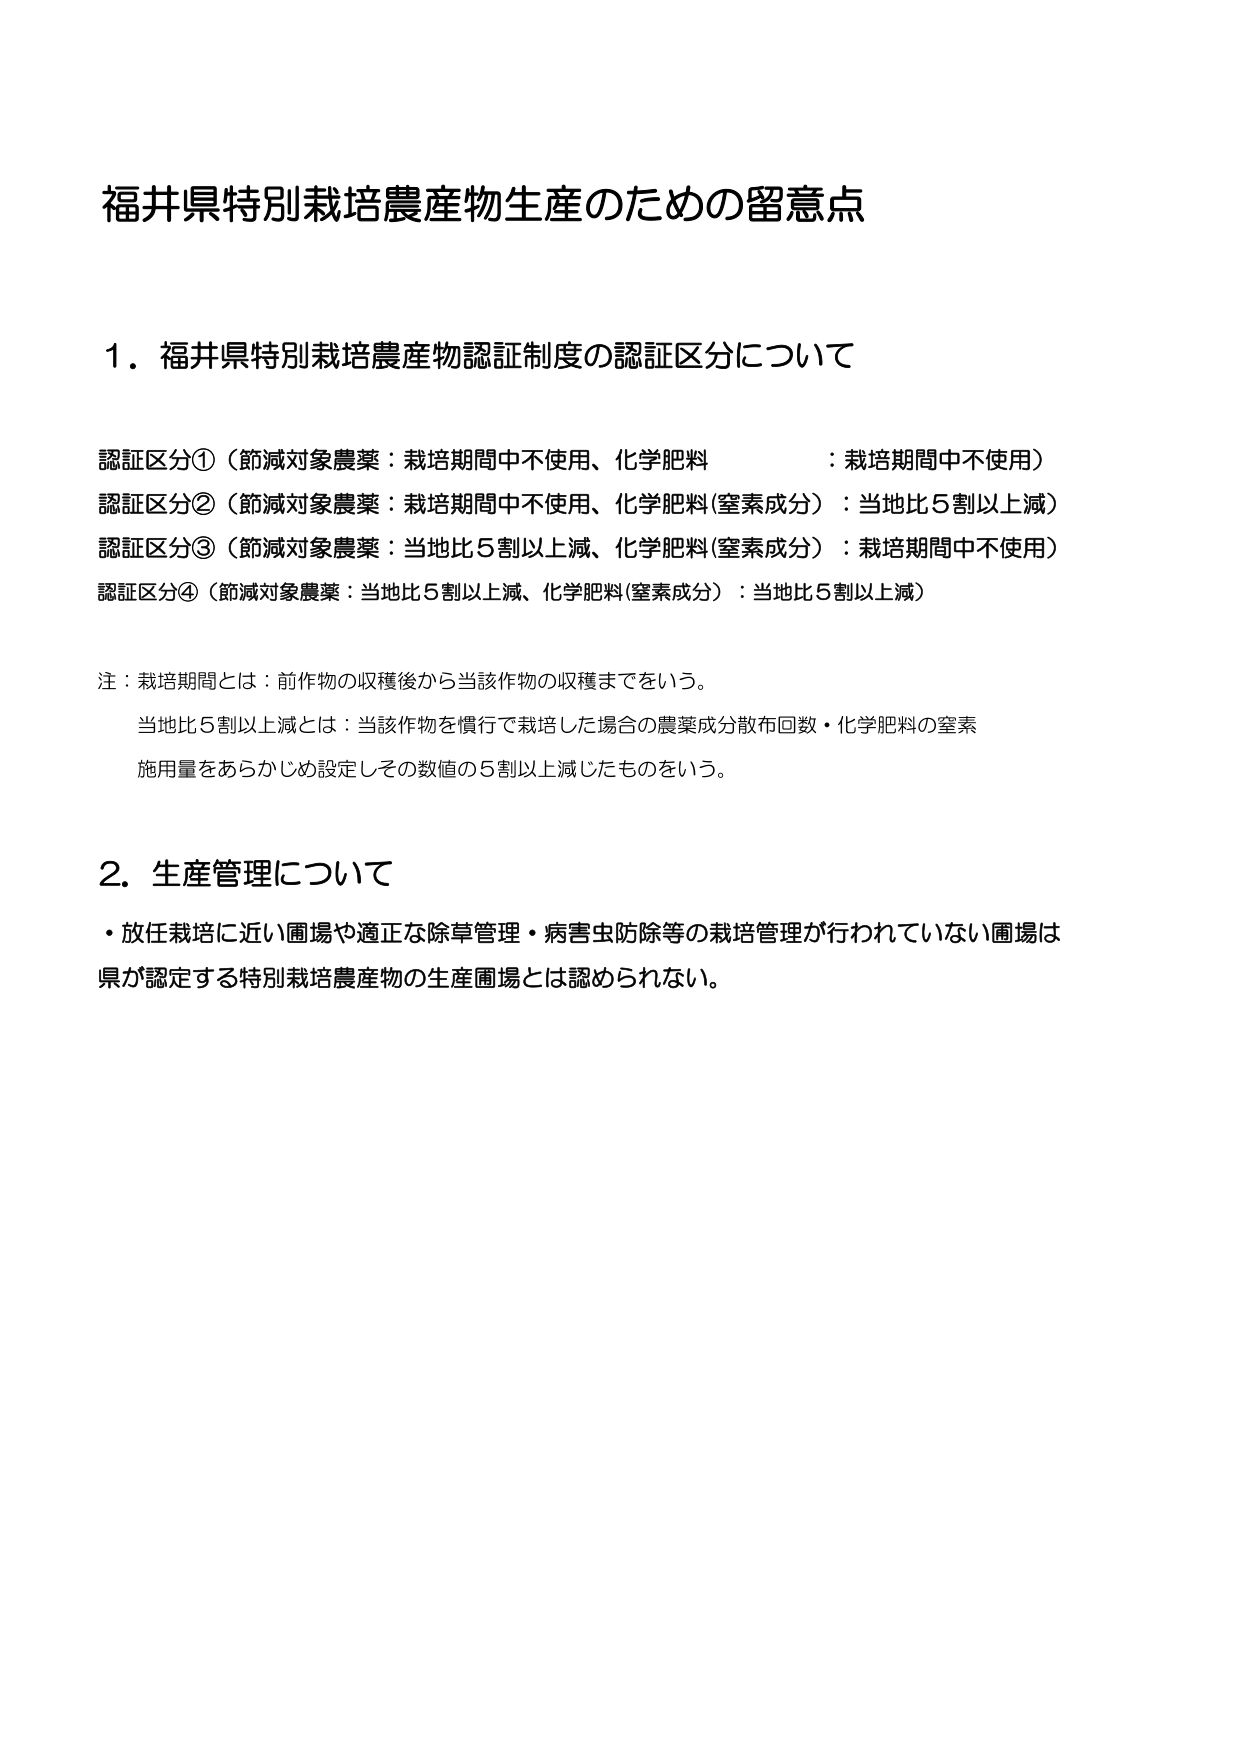
福井県特別栽培農産物生産のための留意点

１．福井県特別栽培農産物認証制度の認証区分について

認証区分①（節減対象農薬：栽培期間中不使用、化学肥料：栽培期間中不使用）
認証区分②（節減対象農薬：栽培期間中不使用、化学肥料(窒素成分)：当地比５割以上減）
認証区分③（節減対象農薬：当地比５割以上減、化学肥料(窒素成分)：栽培期間中不使用）
認証区分④（節減対象農薬：当地比５割以上減、化学肥料(窒素成分)：当地比５割以上減）

注：栽培期間とは：前作物の収穫後から当該作物の収穫までをいう。
　　当地比５割以上減とは：当該作物を慣行で栽培した場合の農薬成分散布回数・化学肥料の窒素
　　施用量をあらかじめ設定しその数値の５割以上減じたものをいう。

２．生産管理について
・放任栽培に近い圃場や適正な除草管理・病害虫防除等の栽培管理が行われていない圃場は
県が認定する特別栽培農産物の生産圃場とは認められない。